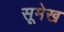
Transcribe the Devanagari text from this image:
सूमेख